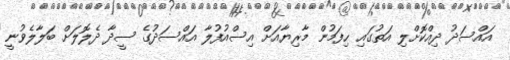
އައްސަދު ދިއްކޮށްލި އަތުގައި ހިފަމުން މާރިޔާއަށް އިސްއުފުލާ އައްސަދުގެ ސީދާ ދެލޮލަށް ބަލާލެވުނީ